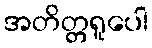
အတိတ္တရူပေါ